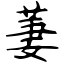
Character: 萋